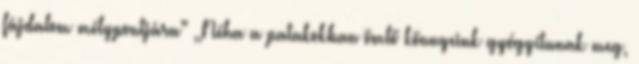
fájdalom mélypontjára" ,,Néha a patakokban ömlő könnyeink gyógyítanak meg,